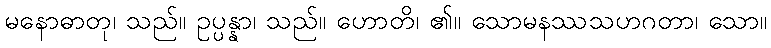
မနောဓာတု၊ သည်။ ဥပ္ပန္နာ၊ သည်။ ဟောတိ၊ ၏။ သောမနဿသဟဂတာ၊ သော။